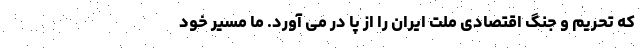
که تحریم و جنگ اقتصادی ملت ایران را از پا در می آورد. ما مسیر خود